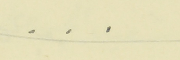
.    .    .